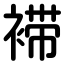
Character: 䙊